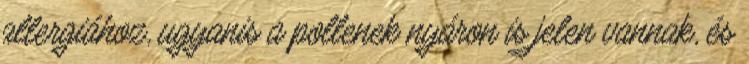
allergiához, ugyanis a pollenek nyáron is jelen vannak, és